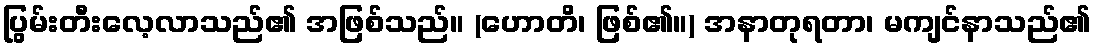
ပြွမ်းတီးလေ့လာသည်၏ အဖြစ်သည်။ (ဟောတိ၊ ဖြစ်၏။) အနာတုရတာ၊ မကျင်နာသည်၏